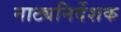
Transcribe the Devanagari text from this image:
नाट्यनिर्देशक